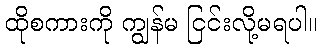
ထိုစကားကို ကျွန်မ ငြင်းလို့မရပါ။